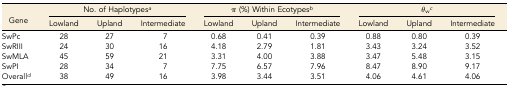
<table><thead><tr><td></td><td colspan="3"><b>No. of Haplotypes<i><sup>a</sup></i></b></td><td colspan="3"><b>π (%) Within Ecotypes<i><sup>b</sup></i></b></td><td colspan="3"><b><i>θ</i><sub>w</sub><i><sup>c</sup></i></b></td></tr><tr><td><b>Gene</b></td><td><b>Lowland</b></td><td><b>Upland</b></td><td><b>Intermediate</b></td><td><b>Lowland</b></td><td><b>Upland</b></td><td><b>Intermediate</b></td><td><b>Lowland</b></td><td><b>Upland</b></td><td><b>Intermediate</b></td></tr></thead><tbody><tr><td>SwPc</td><td>28</td><td>27</td><td>7</td><td>0.68</td><td>0.41</td><td>0.39</td><td>0.88</td><td>0.80</td><td>0.39</td></tr><tr><td>SwRIII</td><td>24</td><td>30</td><td>16</td><td>4.18</td><td>2.79</td><td>1.81</td><td>3.43</td><td>3.24</td><td>3.52</td></tr><tr><td>SwMLA</td><td>45</td><td>59</td><td>21</td><td>3.31</td><td>4.00</td><td>3.88</td><td>3.47</td><td>5.48</td><td>3.15</td></tr><tr><td>SwPI</td><td>28</td><td>34</td><td>7</td><td>7.75</td><td>6.57</td><td>7.96</td><td>8.47</td><td>8.90</td><td>9.17</td></tr><tr><td>Overall<i><sup>d</sup></i></td><td>38</td><td>49</td><td>16</td><td>3.98</td><td>3.44</td><td>3.51</td><td>4.06</td><td>4.61</td><td>4.06</td></tr></tbody></table>